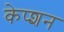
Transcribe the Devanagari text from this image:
केप्‍शन